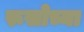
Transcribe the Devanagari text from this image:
रूसोच्या